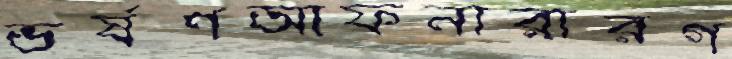
ভর্ষণআফনারারগ